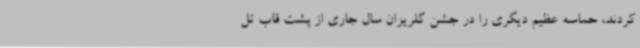
کردند، حماسه‌ عظیم دیگری را در جشن گلریزان سال جاری از پشت قاب تل